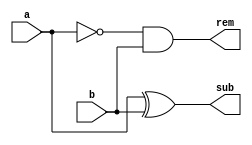
module halfsub(
    input a,b,
    output sub,rem
    );
	 
	 assign sub=a^b;
	
	 assign rem=(~a)&b;


endmodule